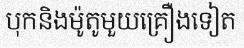
បុកនិងម៉ូតូមួយគ្រឿងទៀត